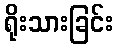
ရိုးသားခြင်း